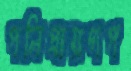
পলিপ্রায়গপ